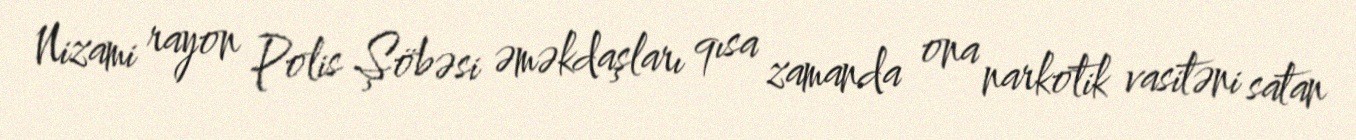
Nizami rayon Polis Şöbəsi əməkdaşları qısa zamanda ona narkotik vasitəni satan